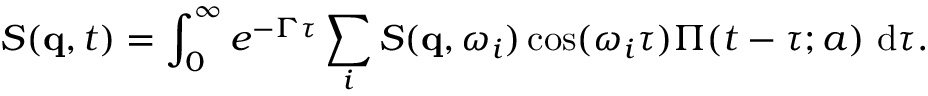
S ( \mathbf { q } , t ) = \int _ { 0 } ^ { \infty } e ^ { - \Gamma \tau } \sum _ { i } S ( \mathbf { q } , \omega _ { i } ) \cos ( \omega _ { i } \tau ) \Pi ( t - \tau ; a ) \ \mathrm { d } \tau .